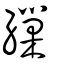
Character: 繅